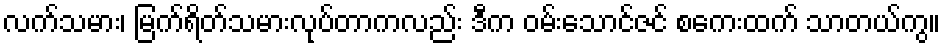
လက်သမား၊ မြက်ရိတ်သမားလုပ်တာကလည်း ဒီက ဝမ်းသောင်ဇင် စကေးထက် သာတယ်ကွ။